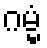
ဂမ္မံ